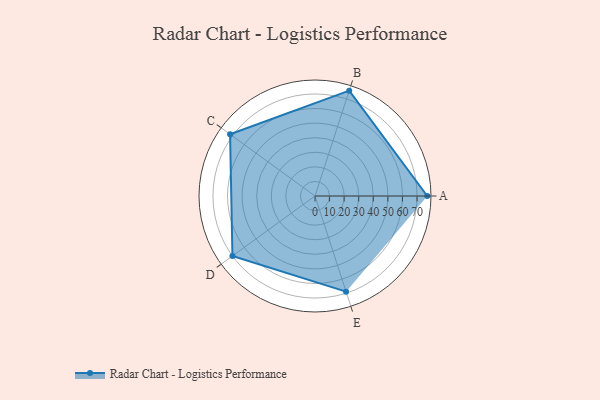
{"axis": {"x": "Skill", "y": "Score"}, "legend": ["Profile"], "data": [{"x": "A", "y": 77.0, "type": "Profile"}, {"x": "B", "y": 76.0, "type": "Profile"}, {"x": "C", "y": 72.0, "type": "Profile"}, {"x": "D", "y": 70.0, "type": "Profile"}, {"x": "E", "y": 69.0, "type": "Profile"}]}